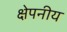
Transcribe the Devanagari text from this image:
क्षेपनीय